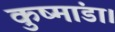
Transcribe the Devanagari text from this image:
कुष्मांडा।